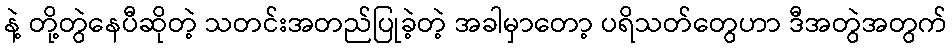
နဲ့ တို့တွဲနေပီဆိုတဲ့ သတင်းအတည်ပြုခဲ့တဲ့ အခါမှာတော့ ပရိသတ်တွေဟာ ဒီအတွဲအတွက်